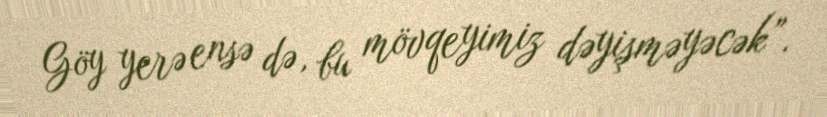
Göy yerə ensə də, bu mövqeyimiz dəyişməyəcək”.